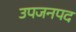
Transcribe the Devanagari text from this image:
उपजनपद